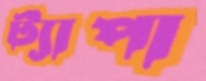
ট্যাপা